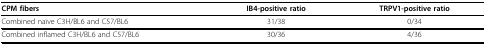
| CPM fibers | IB4-positive ratio | TRPV1-positive ratio |
 | --- | --- | --- |
 | Combined naïve C3H/BL6 and C57/BL6 | 31/38 | 0/34 |
 | Combined inflamed C3H/BL6 and C57/BL6 | 30/36 | 4/36 |